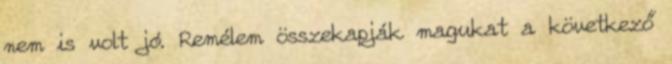
nem is volt jó. Remélem összekapják magukat a következő